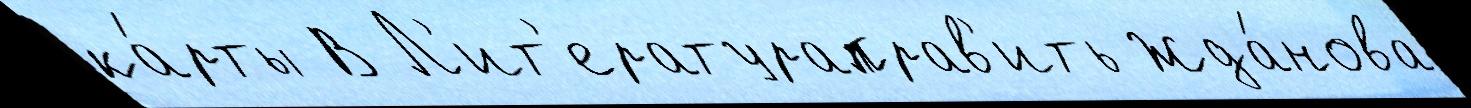
ка́рты В Л'ит'ератураправ'ить Жда́нова